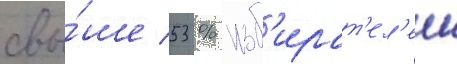
свы́ше 53 % изб'ират'ел'еи